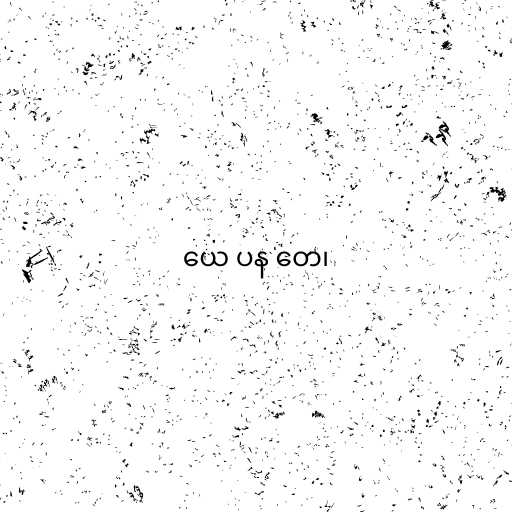
ယေ ပန တေ၊